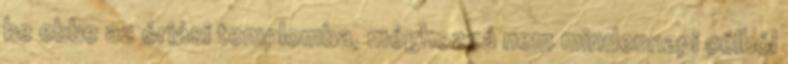
be ebbe az óriási templomba, méghozzá nem mindennapi célból